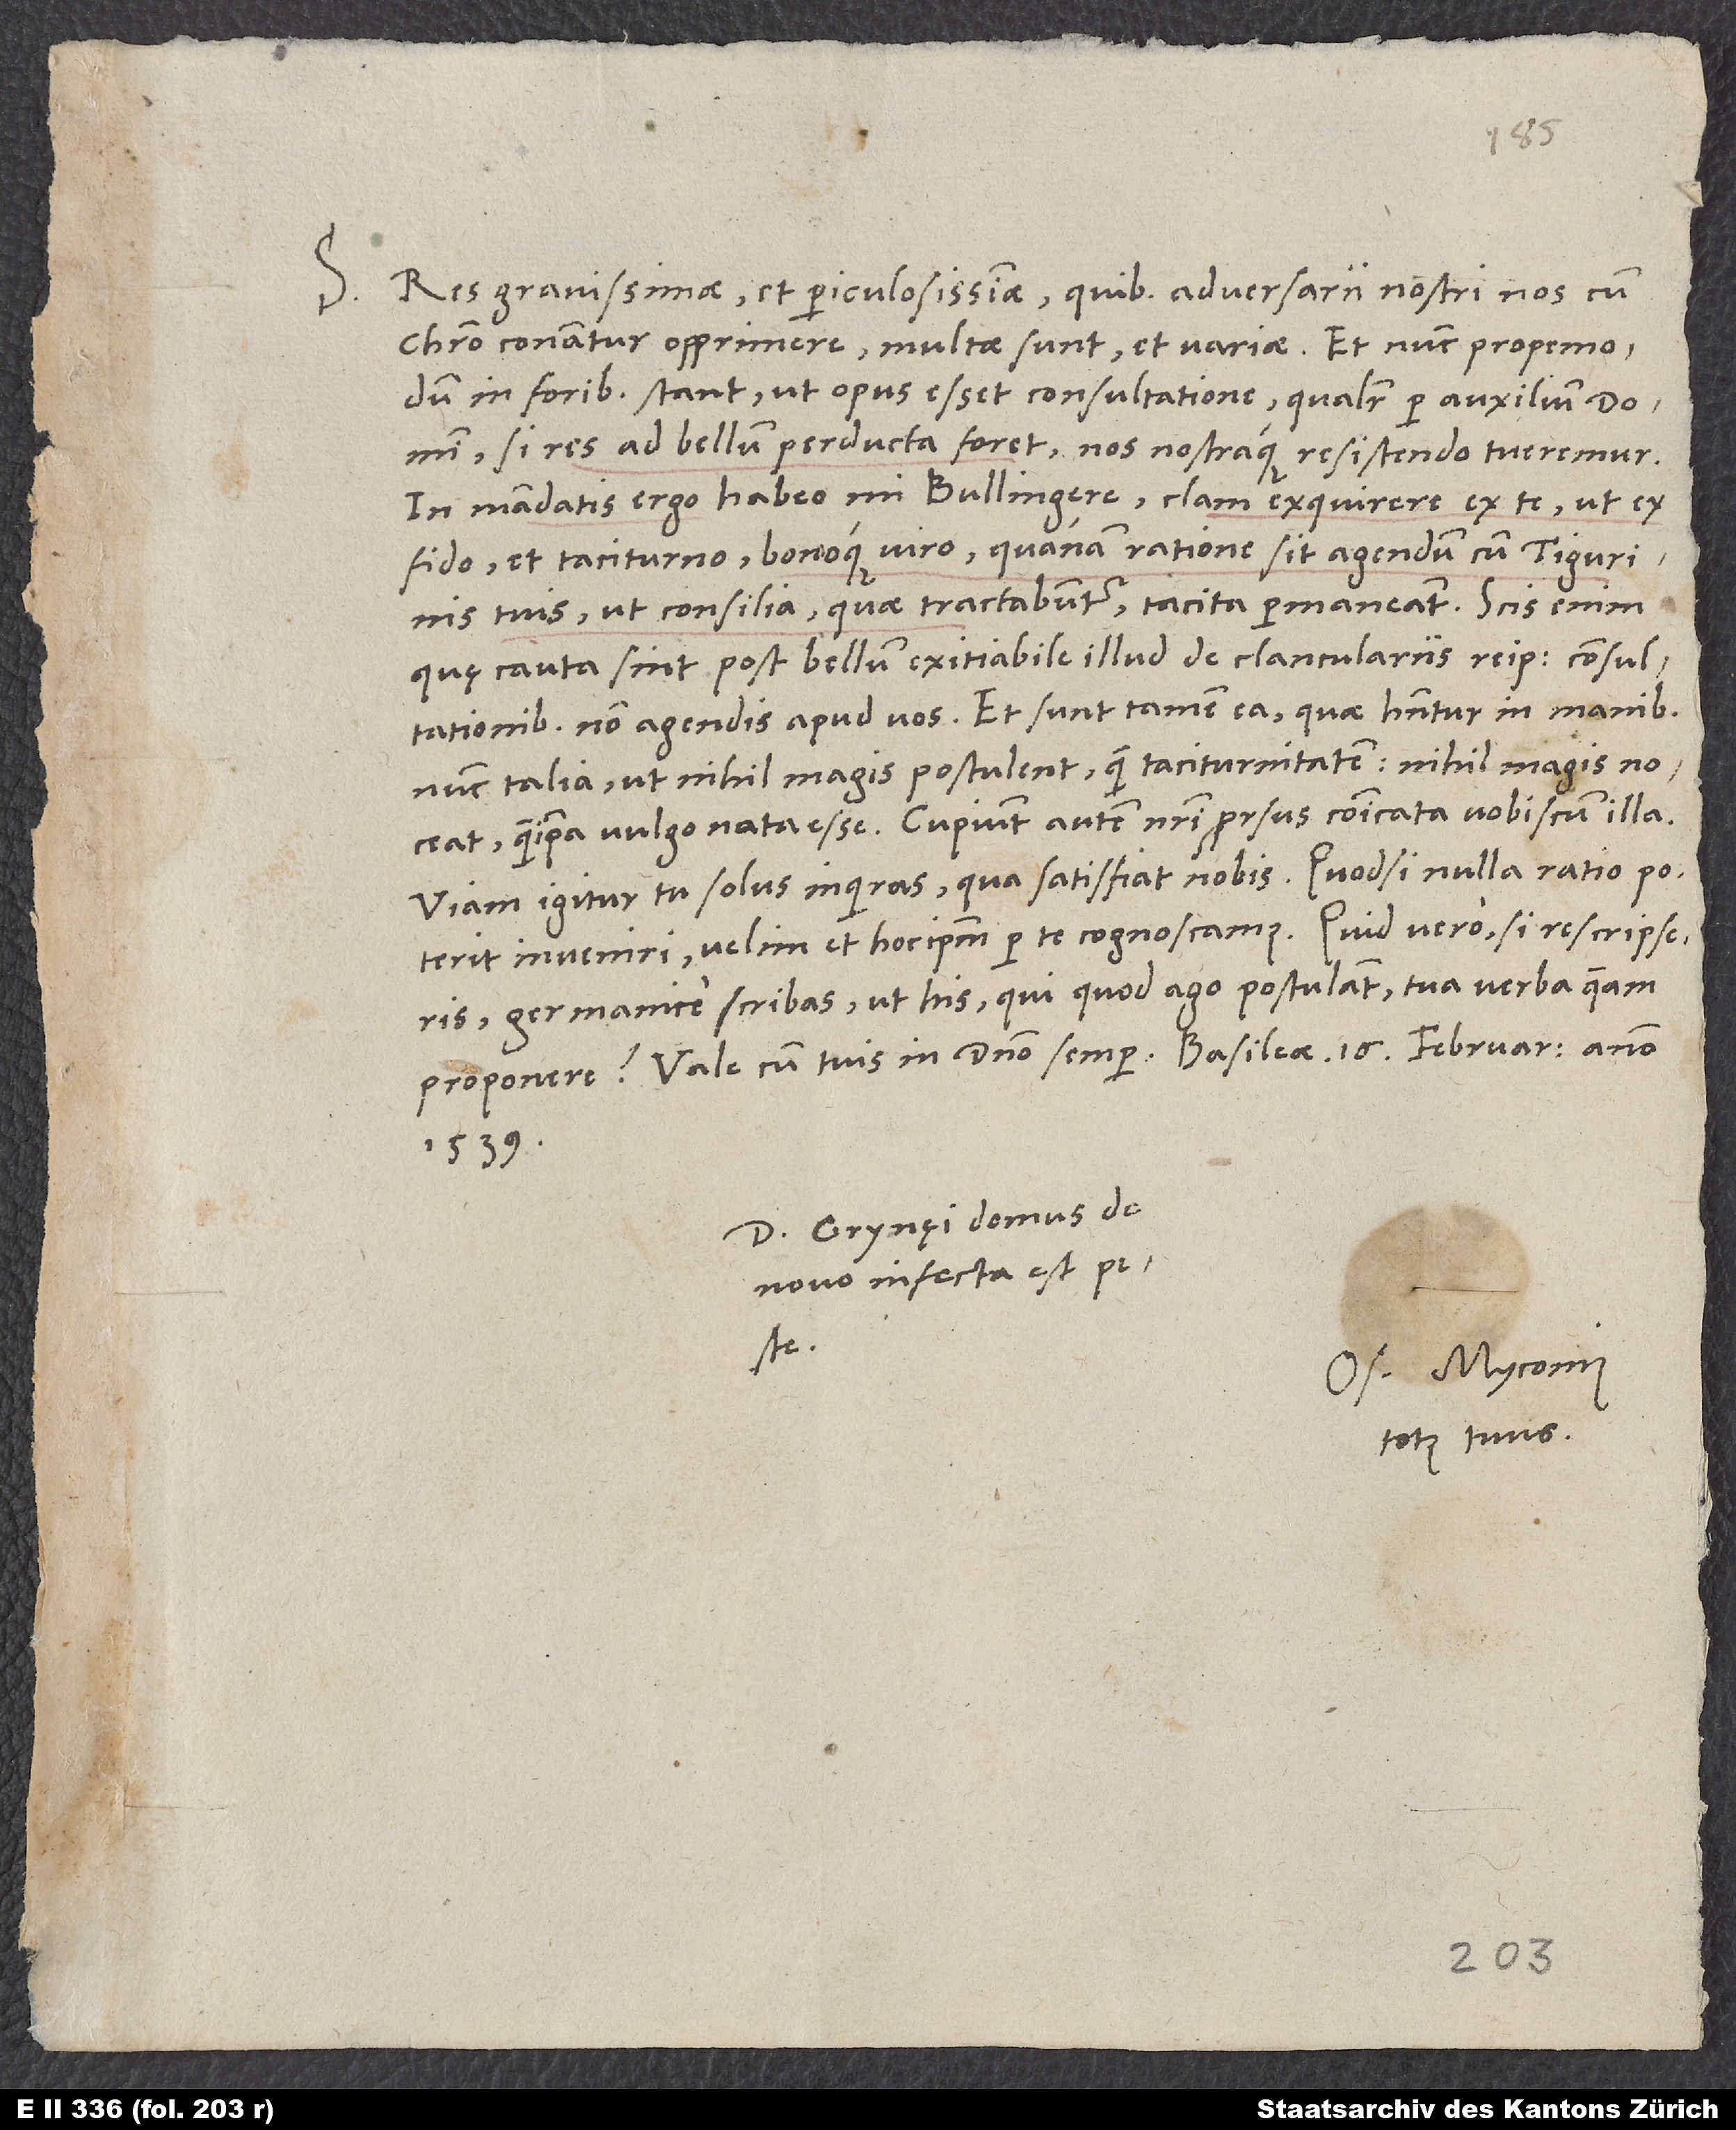
S.

Res gravissimae et periculosissimae, quibus adversarii nostri nos cum
Christo conantur opprimere, multae sunt et variae. Et nunc propemodum
in foribus stant, ut opus esset consultatione, qualiter per auxilium domini,
si res ad bellum perducta foret, nos nostraque resistendo tueremur.
In mandatis ergo habeo, mi Bullingere, clam exquirere ex te ut ex
fido et taciturno bonoque viro, quanam ratione sit agendum cum Tigurinis
tuis, ut consilia, quae tractabuntur, tacita permaneant. Scis enim,
quę cauta sint post bellum exitiabile illud de clanculariis reipublicae consultationibus
non agendis apud vos. Et sunt tamen ea, quae habentur in manibus
nunc talia, ut nihil magis postulent quam taciturnitatem, nihil magis noceat
quam ipsa vulgo nota esse. Cupiunt autem nostri prorsus communicata vobiscum illa.
Viam igitur tu solus inquiras, qua satisfiat nobis. Quodsi nulla ratio poterit
inveniri, velim, et hocipsum per te cognoscamus. Quid vero, si rescripseris,
Germanice scribas, ut his, qui, quod ago, postulant, tua verba queam
1539.
Domini Grynęi domus de
novo infecta est peste.
Os. Myconius
totus tuus.